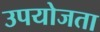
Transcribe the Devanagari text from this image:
उपयोजता